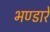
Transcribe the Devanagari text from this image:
भण्‍डारे